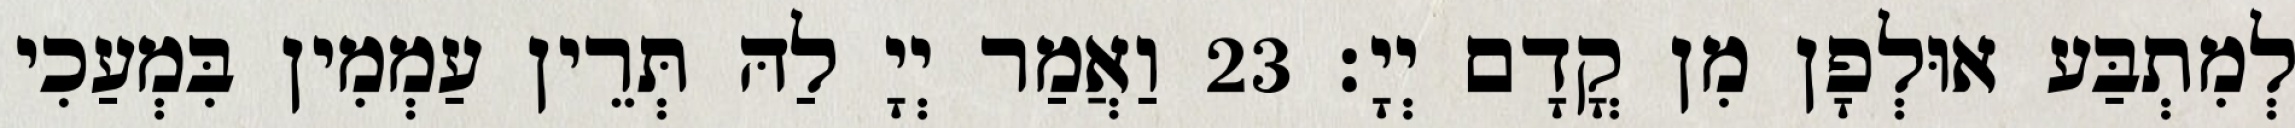
לְמִתְבַּע אוּלְפָן מִן קֳדָם יְיָ׃ 23 וַאֲמַר יְיָ לַהּ תְּרֵין עַמְמִין בִּמְעַכִי